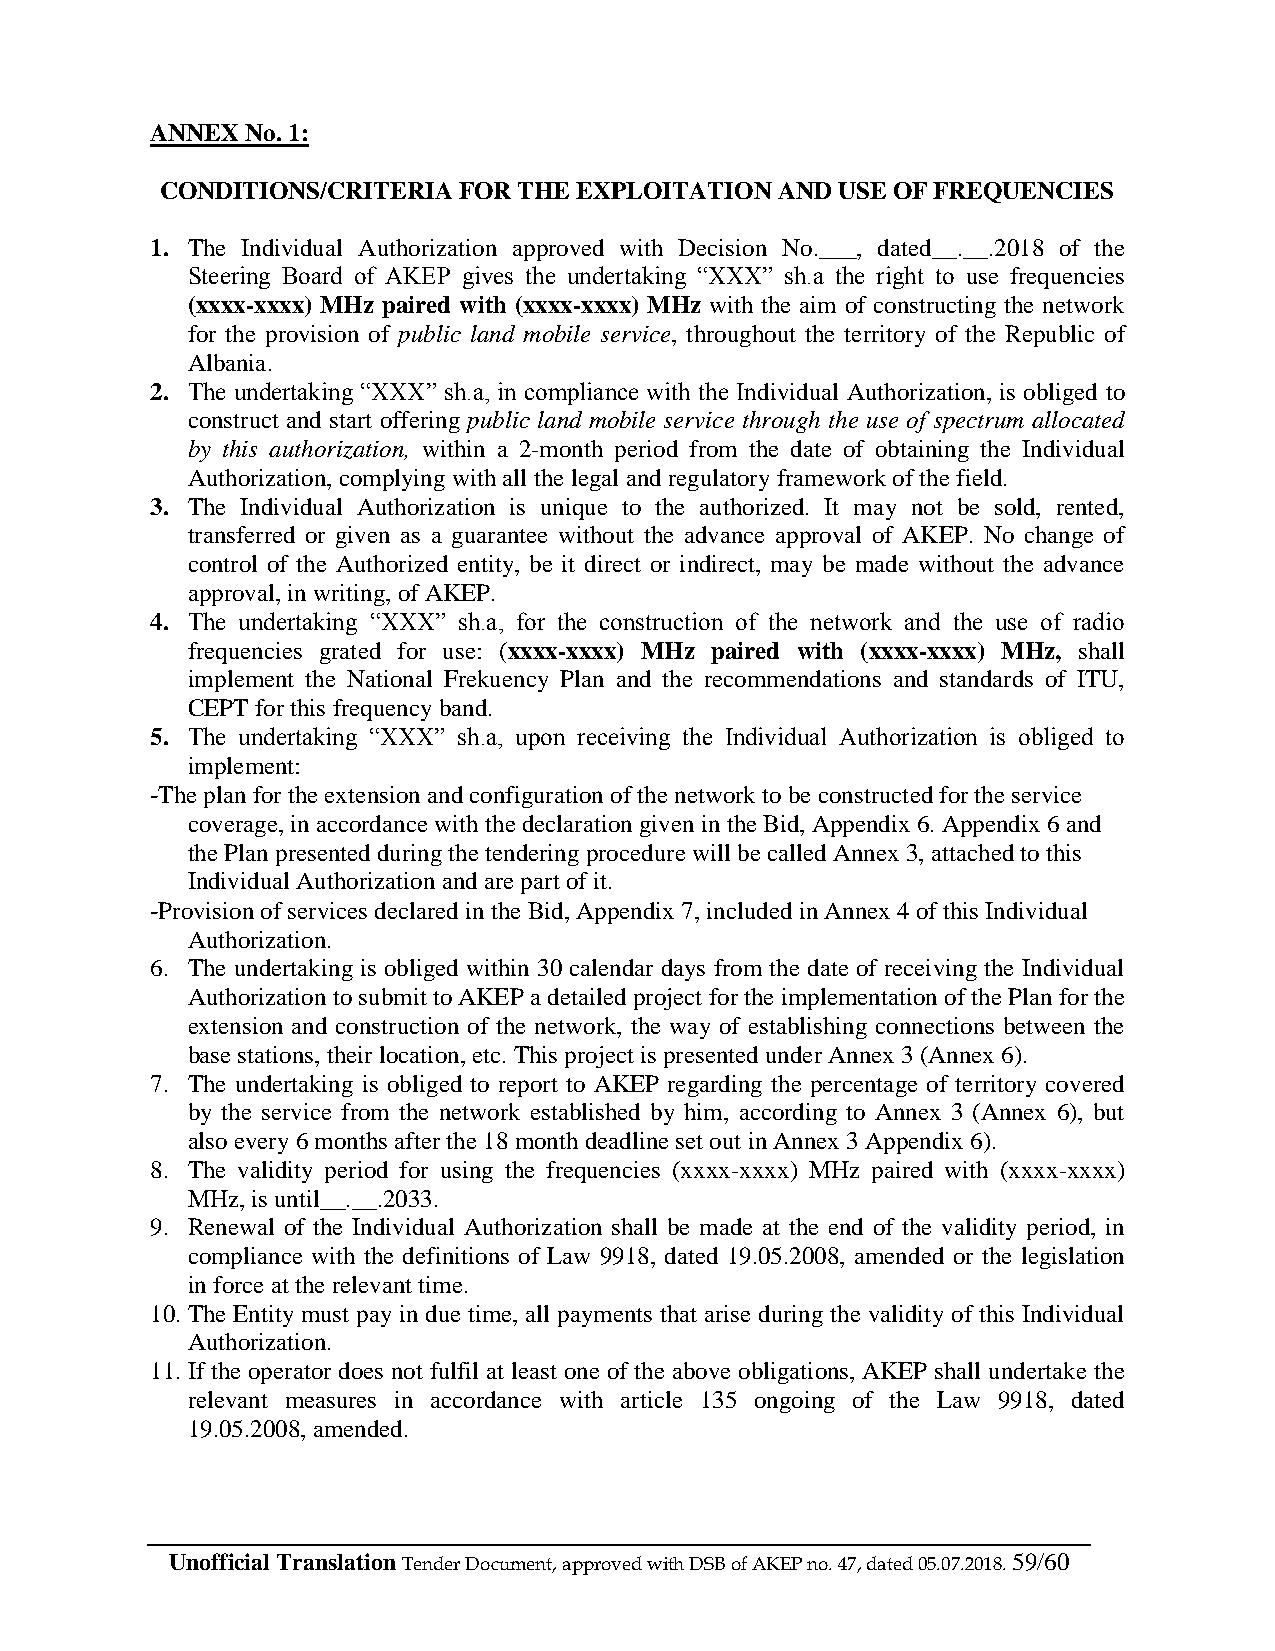
ANNEX No. 1:
 CONDITIONS/CRITERIA FOR THE EXPLOITATION AND USE OF FREQUENCIES
 1. The Individual Authorization approved with Decision No.___, dated__.__.2018 of the
 Steering Board of AKEP gives the undertaking “XXX” sh.a the right to use frequencies
 (xxxx-xxxx) MHz paired with (xxxx-xxxx) MHz with the aim of constructing the network
 for the provision of public land mobile service, throughout the territory of the Republic of
 Albania.
 2. The undertaking “XXX” sh.a, in compliance with the Individual Authorization, is obliged to
 construct and start offering public land mobile service through the use of spectrum allocated
 by this authorization, within a 2-month period from the date of obtaining the Individual
 Authorization, complying with all the legal and regulatory framework of the field.
 3. The Individual Authorization is unique to the authorized. It may not be sold, rented,
 transferred or given as a guarantee without the advance approval of AKEP. No change of
 control of the Authorized entity, be it direct or indirect, may be made without the advance
 approval, in writing, of AKEP.
 4. The undertaking “XXX” sh.a, for the construction of the network and the use of radio
 frequencies grated for use: (xxxx-xxxx) MHz paired with (xxxx-xxxx) MHz, shall
 implement the National Frekuency Plan and the recommendations and standards of ITU,
 CEPT for this frequency band.
 5. The undertaking “XXX” sh.a, upon receiving the Individual Authorization is obliged to
 implement:
 -The plan for the extension and configuration of the network to be constructed for the service
 coverage, in accordance with the declaration given in the Bid, Appendix 6. Appendix 6 and
 the Plan presented during the tendering procedure will be called Annex 3, attached to this
 Individual Authorization and are part of it.
 -Provision of services declared in the Bid, Appendix 7, included in Annex 4 of this Individual
 Authorization.
 6. The undertaking is obliged within 30 calendar days from the date of receiving the Individual
 Authorization to submit to AKEP a detailed project for the implementation of the Plan for the
 extension and construction of the network, the way of establishing connections between the
 base stations, their location, etc. This project is presented under Annex 3 (Annex 6).
 7. The undertaking is obliged to report to AKEP regarding the percentage of territory covered
 by the service from the network established by him, according to Annex 3 (Annex 6), but
 also every 6 months after the 18 month deadline set out in Annex 3 Appendix 6).
 8. The validity period for using the frequencies (xxxx-xxxx) MHz paired with (xxxx-xxxx)
 MHz, is until__.__.2033.
 9. Renewal of the Individual Authorization shall be made at the end of the validity period, in
 compliance with the definitions of Law 9918, dated 19.05.2008, amended or the legislation
 in force at the relevant time.
 10. The Entity must pay in due time, all payments that arise during the validity of this Individual
 Authorization.
 11. If the operator does not fulfil at least one of the above obligations, AKEP shall undertake the
 relevant measures in accordance with article 135 ongoing of the Law 9918, dated
 19.05.2008, amended.
 Unofficial Translation Tender Document, approved with DSB of AKEP no. 47, dated 05.07.2018. 59/60